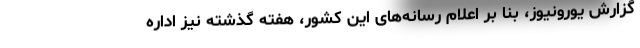
گزارش یورونیوز، بنا بر اعلام رسانه‌های این کشور، هفته گذشته نیز اداره